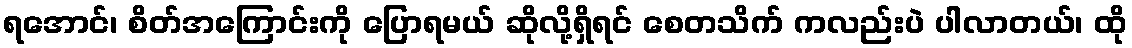
ရအောင်၊ စိတ်အကြောင်းကို ပြောရမယ် ဆိုလို့ရှိရင် စေတသိက် ကလည်းပဲ ပါလာတယ်၊ ထို